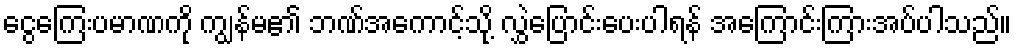
ငွေကြေးပမာဏကို ကျွန်မ၏ ဘဏ်အကောင့်သို့ လွှဲပြောင်းပေးပါရန် အကြောင်းကြားအပ်ပါသည်။